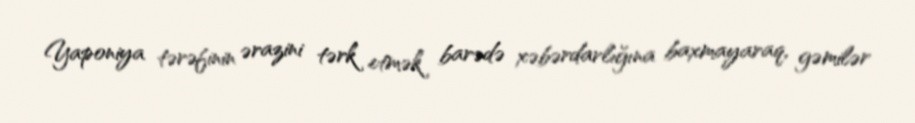
Yaponiya tərəfinin ərazini tərk etmək barədə xəbərdarlığına baxmayaraq, gəmilər